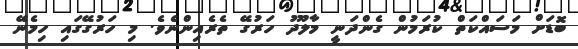
ބޮޑަށް މަސައްކަތް ކުރަމުން ގެންދަނީ މާލޫދު ހަރުގޭ ތެރެއިންނެވެ. މި ހަރުގޭގައި ހިމެނޭ